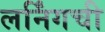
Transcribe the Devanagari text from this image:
लर्निंगची